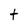
Character: t